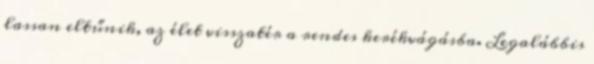
lassan eltűnik, az élet visszatér a rendes kerékvágásba. Legalábbis